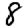
Digit: 8